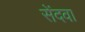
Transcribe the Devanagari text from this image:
सेंदवा